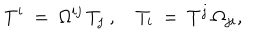
T ^ { i } \ = \ \Omega ^ { i j } \, T _ { j } ~ , \quad T _ { i } \ = \ T ^ { j } \, \Omega _ { j i } ,